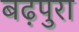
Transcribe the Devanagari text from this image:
बढ़पुरा